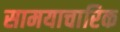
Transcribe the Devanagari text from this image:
सामयाचारिक